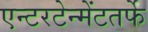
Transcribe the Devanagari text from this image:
एन्टरटेन्मेंटतर्फे